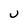
Character: U